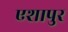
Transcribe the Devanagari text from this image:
एशापुर